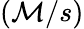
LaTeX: \left(\mathcal{M}/s\right)